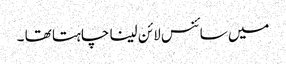
میں سائنس لائن لینا چاہتا تھا ۔